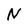
Character: N